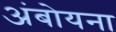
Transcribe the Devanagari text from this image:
अंबोयना